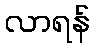
လာရန်